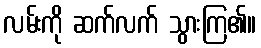
လမ်းကို ဆက်လက် သွားကြ၏။